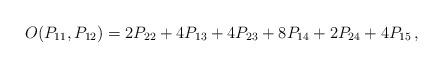
LaTeX: \begin{align*}O(P_{11},P_{12})=2P_{22}+4P_{13}+4P_{23}+8P_{14}+2P_{24}+4P_{15}\,,\end{align*}